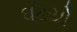
ઘટયો